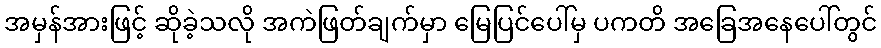
အမှန်အားဖြင့် ဆိုခဲ့သလို အကဲဖြတ်ချက်မှာ မြေပြင်ပေါ်မှ ပကတိ အခြေအနေပေါ်တွင်